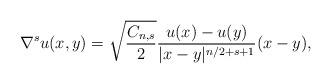
LaTeX: \begin{align*} \nabla^su(x,y)=\sqrt{\frac{C_{n,s}}{2}}\frac{u(x)-u(y)}{|x-y|^{n/2+s+1}}(x-y), \end{align*}